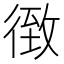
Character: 𰐴